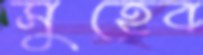
সুহেব